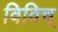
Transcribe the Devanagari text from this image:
विविच्